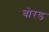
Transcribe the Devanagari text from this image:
बोरड